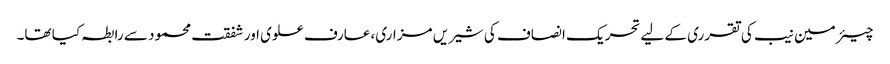
چیئرمین نیب کی تقرری کے لیے تحریک انصاف کی شیریں مزاری، عارف علوی اور شفقت محمود سے رابطہ کیا تھا۔